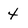
Character: 4